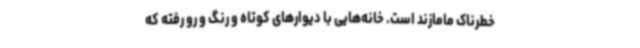
خطرناک مامازند است. خانه‌هایی با دیوارهای کوتاه و رنگ و رو رفته که